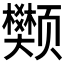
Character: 𫖺